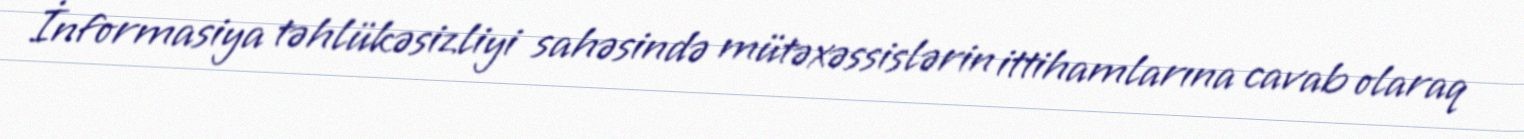
İnformasiya təhlükəsizliyi sahəsində mütəxəssislərin ittihamlarına cavab olaraq